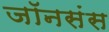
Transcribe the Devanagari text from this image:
जॉनसंस